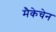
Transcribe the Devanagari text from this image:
मैकेचेन